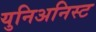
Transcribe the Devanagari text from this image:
युनिअनिस्ट